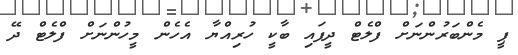
ޕީ މެންބަރުންނަށް ފްލެޓް ދީފައި ބާކީ ހުރިއްޔާ އެހެން މީހުންނަށް ފްލެޓް ދޭ